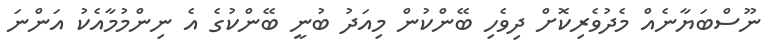
ނޫސްބަޔާނެއް މެދުވެރިކޮށް ދިވެހި ބޭންކުން މިއަދު ބުނީ ބޭންކުގެ އެ ނިންމުމާއެކު އަންނަ